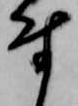
付